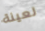
لعينة